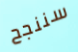
سننجح